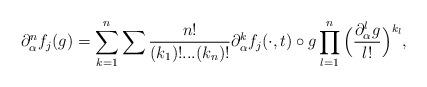
LaTeX: \begin{align*} \partial_{\alpha}^n f_j(g)=\sum_{k=1}^n\sum \frac{n!}{(k_1)!...(k_n)!}\partial_{\alpha}^k f_j(\cdot,t)\circ g\prod_{l=1}^n \Big(\frac{\partial_{\alpha}^l g}{l!}\Big)^{k_l},\end{align*}